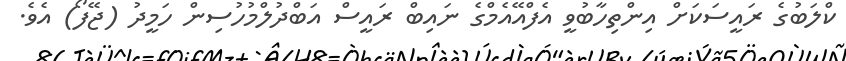
ކްލަބުގެ ރައީސަކަށް އިންތިހާބުވީ އެފްއޭއެމްގެ ނައިބް ރައީސް އަބްދުލްމުހުސިން ހަމީދު (ޖޭފޯ) އެވެ.